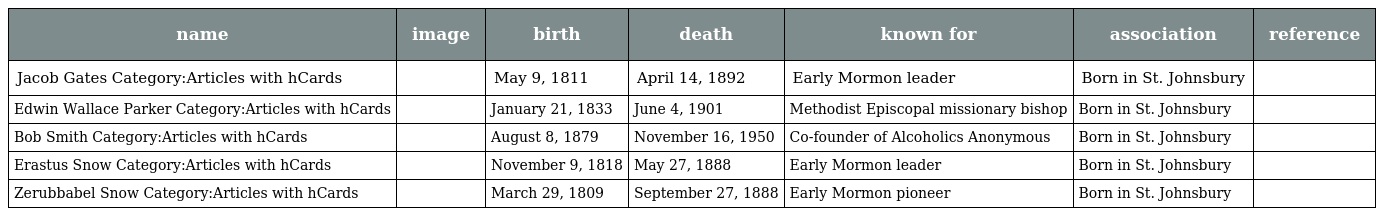
| name | image | birth | death | known for | association | reference |
 | --- | --- | --- | --- | --- | --- | --- |
 | Jacob Gates Category:Articles with hCards |  | May 9, 1811 | April 14, 1892 | Early Mormon leader | Born in St. Johnsbury |  |
 | Edwin Wallace Parker Category:Articles with hCards |  | January 21, 1833 | June 4, 1901 | Methodist Episcopal missionary bishop | Born in St. Johnsbury |  |
 | Bob Smith Category:Articles with hCards |  | August 8, 1879 | November 16, 1950 | Co-founder of Alcoholics Anonymous | Born in St. Johnsbury |  |
 | Erastus Snow Category:Articles with hCards |  | November 9, 1818 | May 27, 1888 | Early Mormon leader | Born in St. Johnsbury |  |
 | Zerubbabel Snow Category:Articles with hCards |  | March 29, 1809 | September 27, 1888 | Early Mormon pioneer | Born in St. Johnsbury |  |